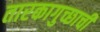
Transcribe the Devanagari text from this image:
तारकागुच्छाची